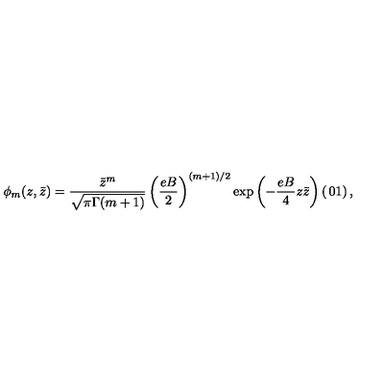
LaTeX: \phi _ { m } ( z , \bar { z } ) = \frac { \bar { z } ^ { m } } { \sqrt { \pi \Gamma ( m + 1 ) } } \left( \frac { e B } { 2 } \right) ^ { ( m + 1 ) / 2 } \exp \left( - \frac { e B } { 4 } z \bar { z } \right) \left( \begin{matrix} { 0 } \\ { 1 } \\ \end{matrix} \right) ,